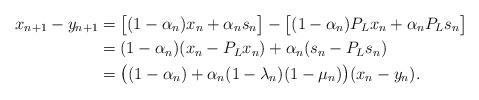
LaTeX: \begin{align*}x_{n+1} -y_{n+1} &=\big[(1-\alpha_n)x_n +\alpha_n s_n\big]-\big[(1-\alpha_n)P_Lx_n +\alpha_n P_Ls_n\big]\\&=(1-\alpha_n)(x_n -P_Lx_n) +\alpha_n(s_n -P_Ls_n)\\&=\big((1-\alpha_n) +\alpha_n(1-\lambda_n)(1-\mu_n)\big)(x_n -y_n).\end{align*}